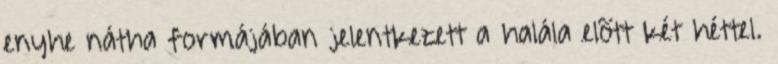
enyhe nátha formájában jelentkezett a halála elõtt két héttel.